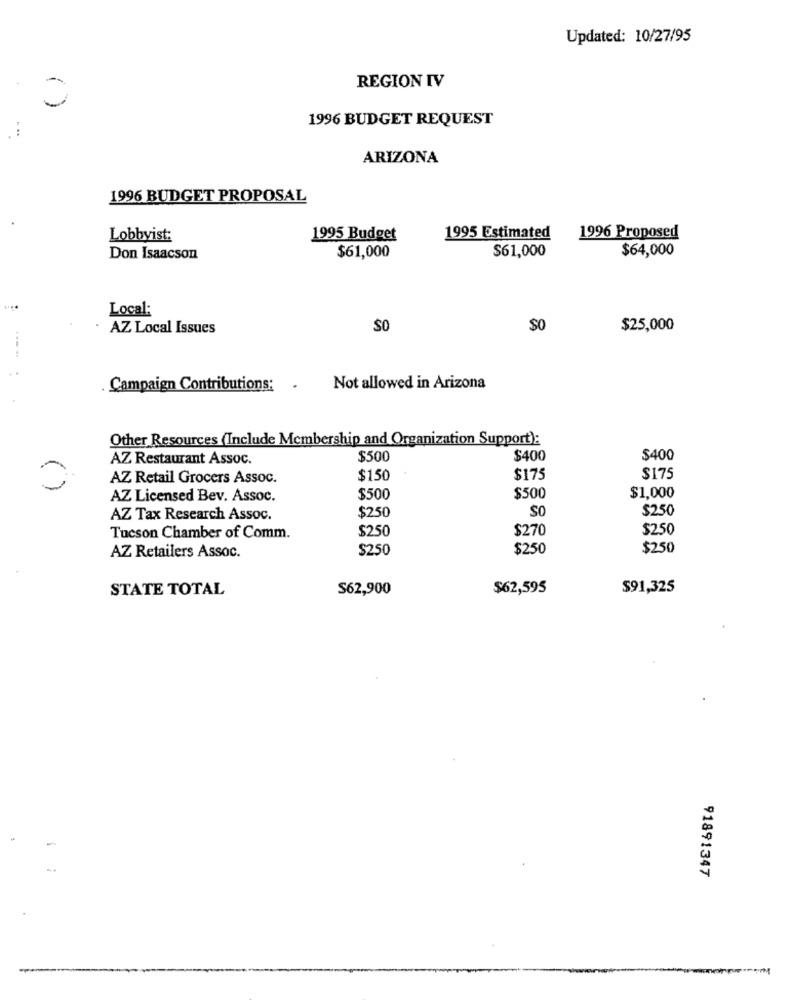
Updated: 10/27/95
REGION IV
0
1996 BUDGET REQUEST
ARIZONA
1996 BUDGET PROPOSAL
Lobbyist:
1995 Budget
1995 Estimated
1996 Proposed
$61,000
$61,000
$64,000
Don Isaacson
Local:
AZ Local Issues
SO
$0
$25,000
Campaign Contributions:
.
Not allowed in Arizona
Other Resources (Include Membership and Organization Support):
AZ Restaurant Assoc.
$500
$400
$400
AZ Retail Grocers Assoc.
$150
$175
$175
AZ Licensed Bev. Assoc.
$500
$500
$1,000
SO
$250
AZ Tax Research Assoc.
$250
$250
$270
$250
Tucson Chamber of Comm.
$250
$250
$250
AZ Retailers Assoc.
STATE TOTAL
S62,900
$62,595
$91,325
91891347